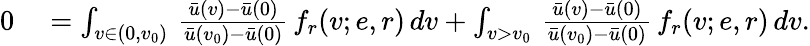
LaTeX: \begin{array}{rl}{0}&{{}=\int_{v\in(0,v_{0})}\, \frac{\bar{u}(v)-\bar{u}(0)}{\bar{u}(v_{0})-\bar{u}(0)}\, f_{r}(v;e,r)\, dv+\int_{v>v_{0}}\, \frac{\bar{u}(v)-\bar{u}(0)}{\bar{u}(v_{0})-\bar{u}(0)}\, f_{r}(v;e,r)\, dv.}\end{array}